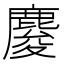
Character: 𪊴